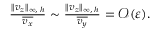
\begin{array} { r } { \frac { \| v _ { z } \| _ { \infty , \: h } } { \overline { { v _ { x } } } } \sim \frac { \| v _ { z } \| _ { \infty , \: h } } { \overline { { v _ { y } } } } = \mathcal { O } ( \varepsilon ) . } \end{array}